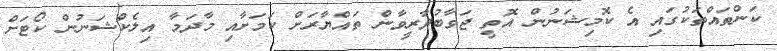
ކަންތައްތަކުގައި އެ ކޮމިޝަނުން އޮތީ ޖަވާބުދާރީވާން ތައްޔާރަށް ކަމަށާއި މާދަމާ އިލެކްޝަނުން ކޯޓަށް